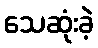
သေဆုံးခဲ့